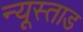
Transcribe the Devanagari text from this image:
न्यूस्ताड